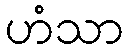
ဟံသာ